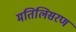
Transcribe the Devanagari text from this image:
मतिलिसरण